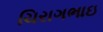
ચિરાગભાઇ